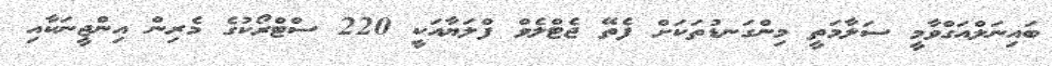
ބައިނަލްއަގްވާމީ ސަލާމަތީ މިންގަނޑުތަކަށް ފެތޭ ޖެޓްލެވް ފްލަޔާއަކީ 220 ސްޓްރޯކުގެ މެރިން އިންޖީނަކާއި